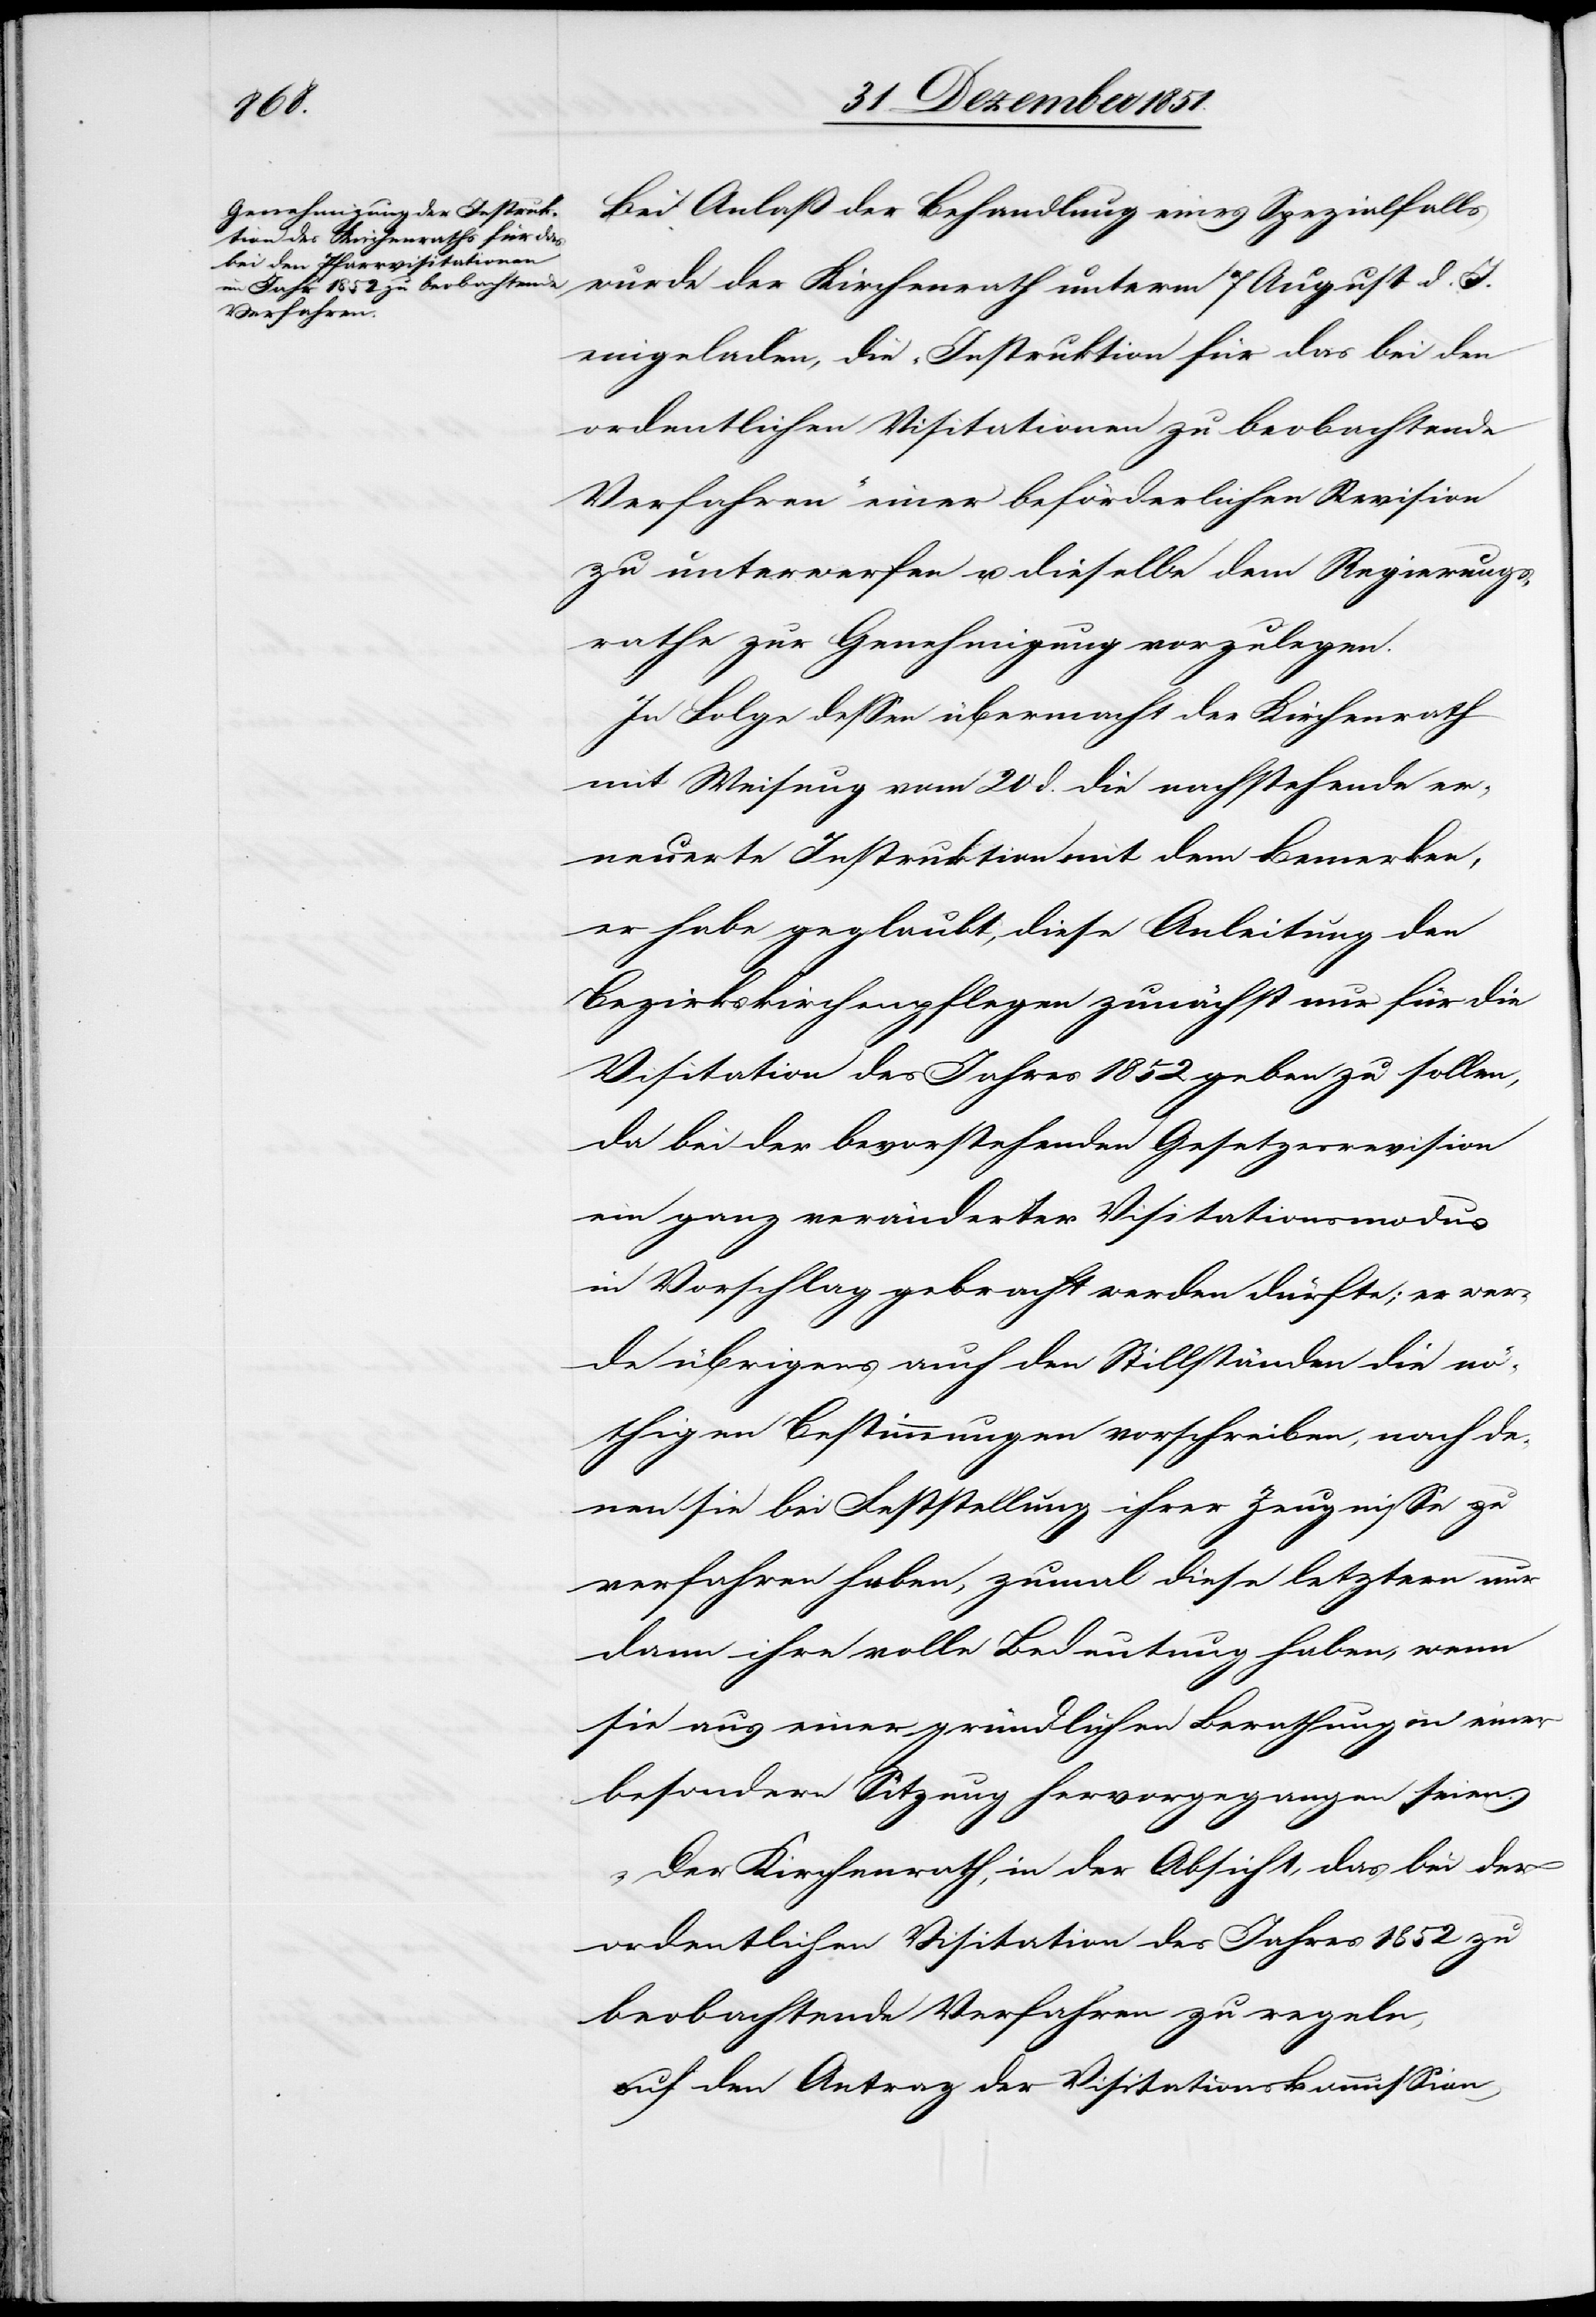
Bei Anlaß der Behandlung eines Spezialfalls
wurde der Kirchenrath unterm 7 August d. J.
eingeladen, die „Instruktion für das bei den
ordentlichen Visitationen zu beobachtende
Verfahren“ einer beförderlichen Revision
zu unterwerfen u. dieselbe dem Regierungs¬
rathe zur Genehmigung vorzulegen.
In Folge dessen übermacht der Kirchenrath
mit Weisung vom 20 d. die nachstehende er¬
neuerte Instruktion mit dem Bemerken,
er habe geglaubt, diese Anleitung den
Bezirkskirchenpflegen zunächst nur für die
Visitation des Jahres 1852 geben zu sollen,
da bei der bevorstehenden Gesetzesrevision
ein ganz veränderter Visitationsmodus
in Vorschlag gebracht werden dürfte; er wer¬
de übrigens auch den Stillständen die nö¬
thigen Bestimmungen vorschreiben, nach de¬
nen sie bei Feststellung ihrer Zeugnisse zu
verfahren haben, zumal diese letztern nur
dann ihre volle Bedeutung haben, wenn
sie aus einer gründlichen Berathung in einer
besondern Sitzung hervorgegangen seien.
„Der Kirchenrath, in der Absicht, das bei der
ordentlichen Visitation des Jahres 1852 zu
beobachtende Verfahren zu regeln,
auf den Antrag der Visitationskommission,